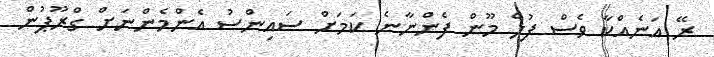
ރޭ އަނެއްކާ ވެސް ފުލް މޫން ފެންނާނެ ކަމަށް ސައިންސު އެންމެންނަށް ގްރޫޕުން